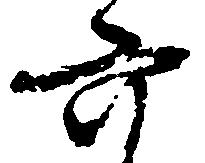
六